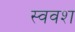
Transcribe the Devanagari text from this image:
स्ववश